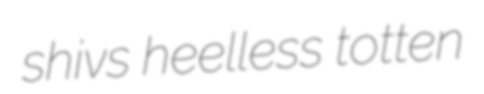
shivs heelless totten